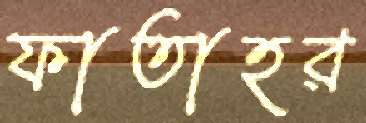
ফাতাহর